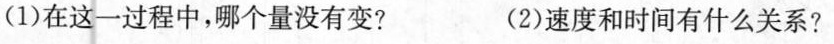
(1)在这一过程中，哪个量没有变? (2)速度和时间有什么关系?